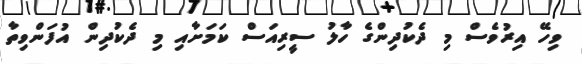
ވިހޭ އިރުވެސް މި ދެކުދިންގެ ހާލު ސީރިއަސް ކަމަށާއި މި ދެކުދިން އުފަންވިތާ